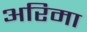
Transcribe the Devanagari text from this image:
अरिमा